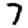
Digit: 7